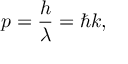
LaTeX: p = { \frac { h } { \lambda } } = \hbar k ,